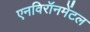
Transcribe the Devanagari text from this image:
एनविरॉनमेंटल